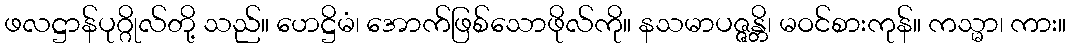
ဖလဋ္ဌာန်ပုဂ္ဂိုလ်တို့ သည်။ ဟေဋ္ဌိမံ၊ အောက်ဖြစ်သောဖိုလ်ကို။ နသမာပဇ္ဇန္တိ၊ မဝင်စားကုန်။ ကသ္မာ၊ ကား။